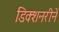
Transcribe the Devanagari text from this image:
डिक्शनरीने